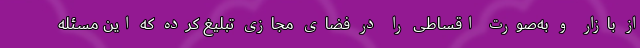
از بازار و به‌صورت اقساطی را در فضای مجازی تبلیغ کرده که این مسئله